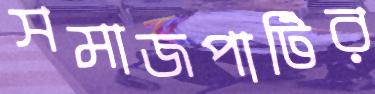
সমাজপার্টির